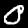
Digit: 0